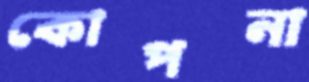
কোপনা